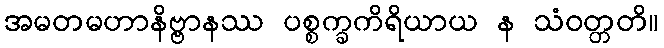
အမတမဟာနိဗ္ဗာနဿ ပစ္စက္ခကိရိယာယ န သံဝတ္တတိ။